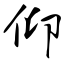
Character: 仰